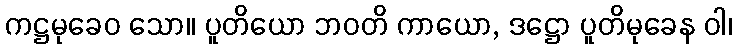
ကဋ္ဌမုခေဝ သော။ ပူတိယော ဘဝတိ ကာယော, ဒဋ္ဌော ပူတိမုခေန ဝါ၊